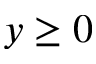
y \ge 0